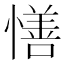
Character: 𢢆